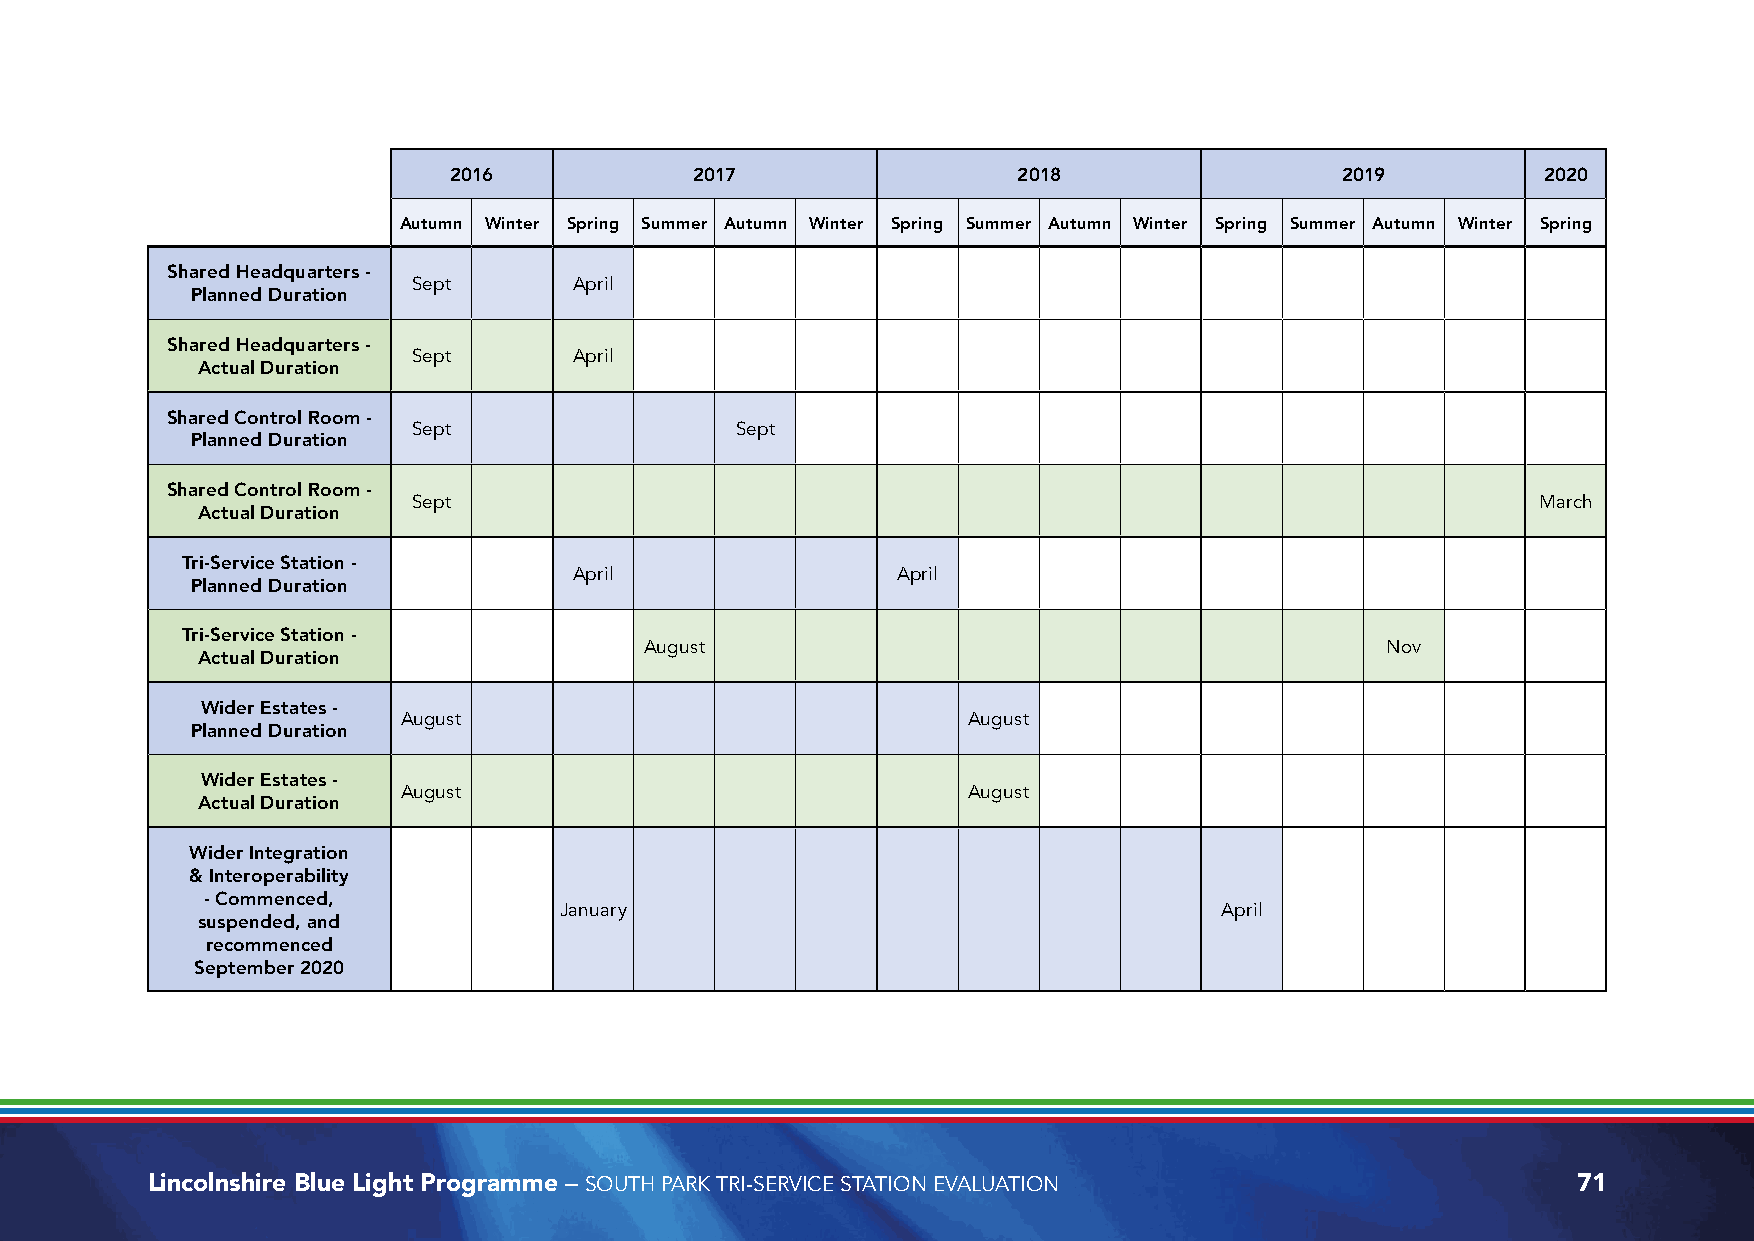
2016            2017                 2018                  2019         2020
 Autumn Winter Spring Summer Autumn Winter Spring Summer Autumn Winter Spring Summer Autumn Winter Spring
 Shared Headquarters -
 Sept       April
 Planned Duration
 Shared Headquarters -
 Sept       April
 Actual Duration
 Shared Control Room -
 Sept                  Sept
 Planned Duration
 Shared Control Room -
 Sept                                                                       March
 Actual Duration
 Tri-Service Station -
 April                April
 Planned Duration
 Tri-Service Station -
 August                                           Nov
 Actual Duration
 Wider Estates -
 August                               August
 Planned Duration
 Wider Estates -
 August                               August
 Actual Duration
 Wider Integration
 & Interoperability
 - Commenced,
 January                                     April
 suspended, and
 recommenced
 September 2020
 Lincolnshire Blue Light Programme – SOUTH PARK TRI-SERVICE STATION EVALUATION                 71